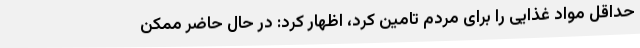
حداقل مواد غذایی را برای مردم تامین کرد، اظهار کرد: در حال حاضر ممکن